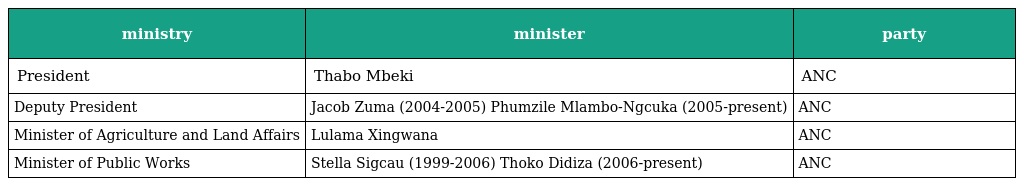
| ministry | minister | party |
 | --- | --- | --- |
 | President | Thabo Mbeki | ANC |
 | Deputy President | Jacob Zuma (2004-2005) Phumzile Mlambo-Ngcuka (2005-present) | ANC |
 | Minister of Agriculture and Land Affairs | Lulama Xingwana | ANC |
 | Minister of Public Works | Stella Sigcau (1999-2006) Thoko Didiza (2006-present) | ANC |